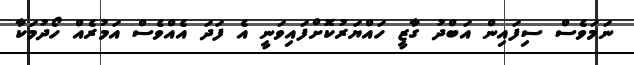
ނަމަވެސް ސިފައިން އަބްދު ގާޒީ ހައްޔަރުކޮށްފައިވަނީ އެ ފަދަ އެއްވެސް އަމުރެއް ހޯދުމަކާ